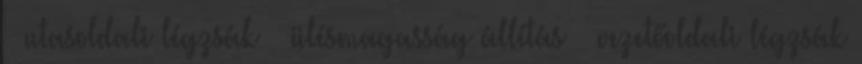
– utasoldali légzsák – ülésmagasság állítás – vezetőoldali légzsák